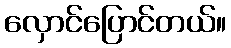
လှောင်ပြောင်တယ်။